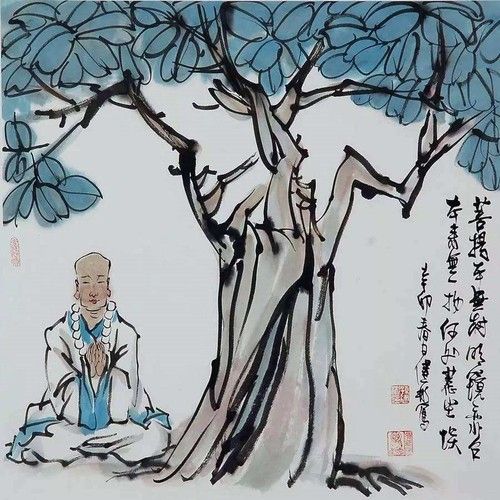
不信妾肠断，归来看取明镜前。